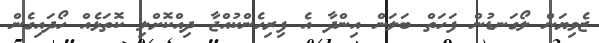
ޒެވިޔަން ލޯގަނޑުން ފަހަތް ބަލަން އިންދާ އެ ފިރިހެންކުއްޖާ ދިއްކޮށްލި ކޮތަޅެއް ހޯދައިގެން